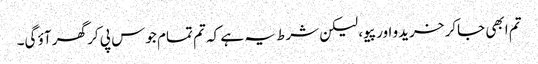
تم ابھی جاکر خریدو اور پیو، لیکن شرط یہ ہے کہ تم تمام جوس پی کر گھر آؤ گی۔